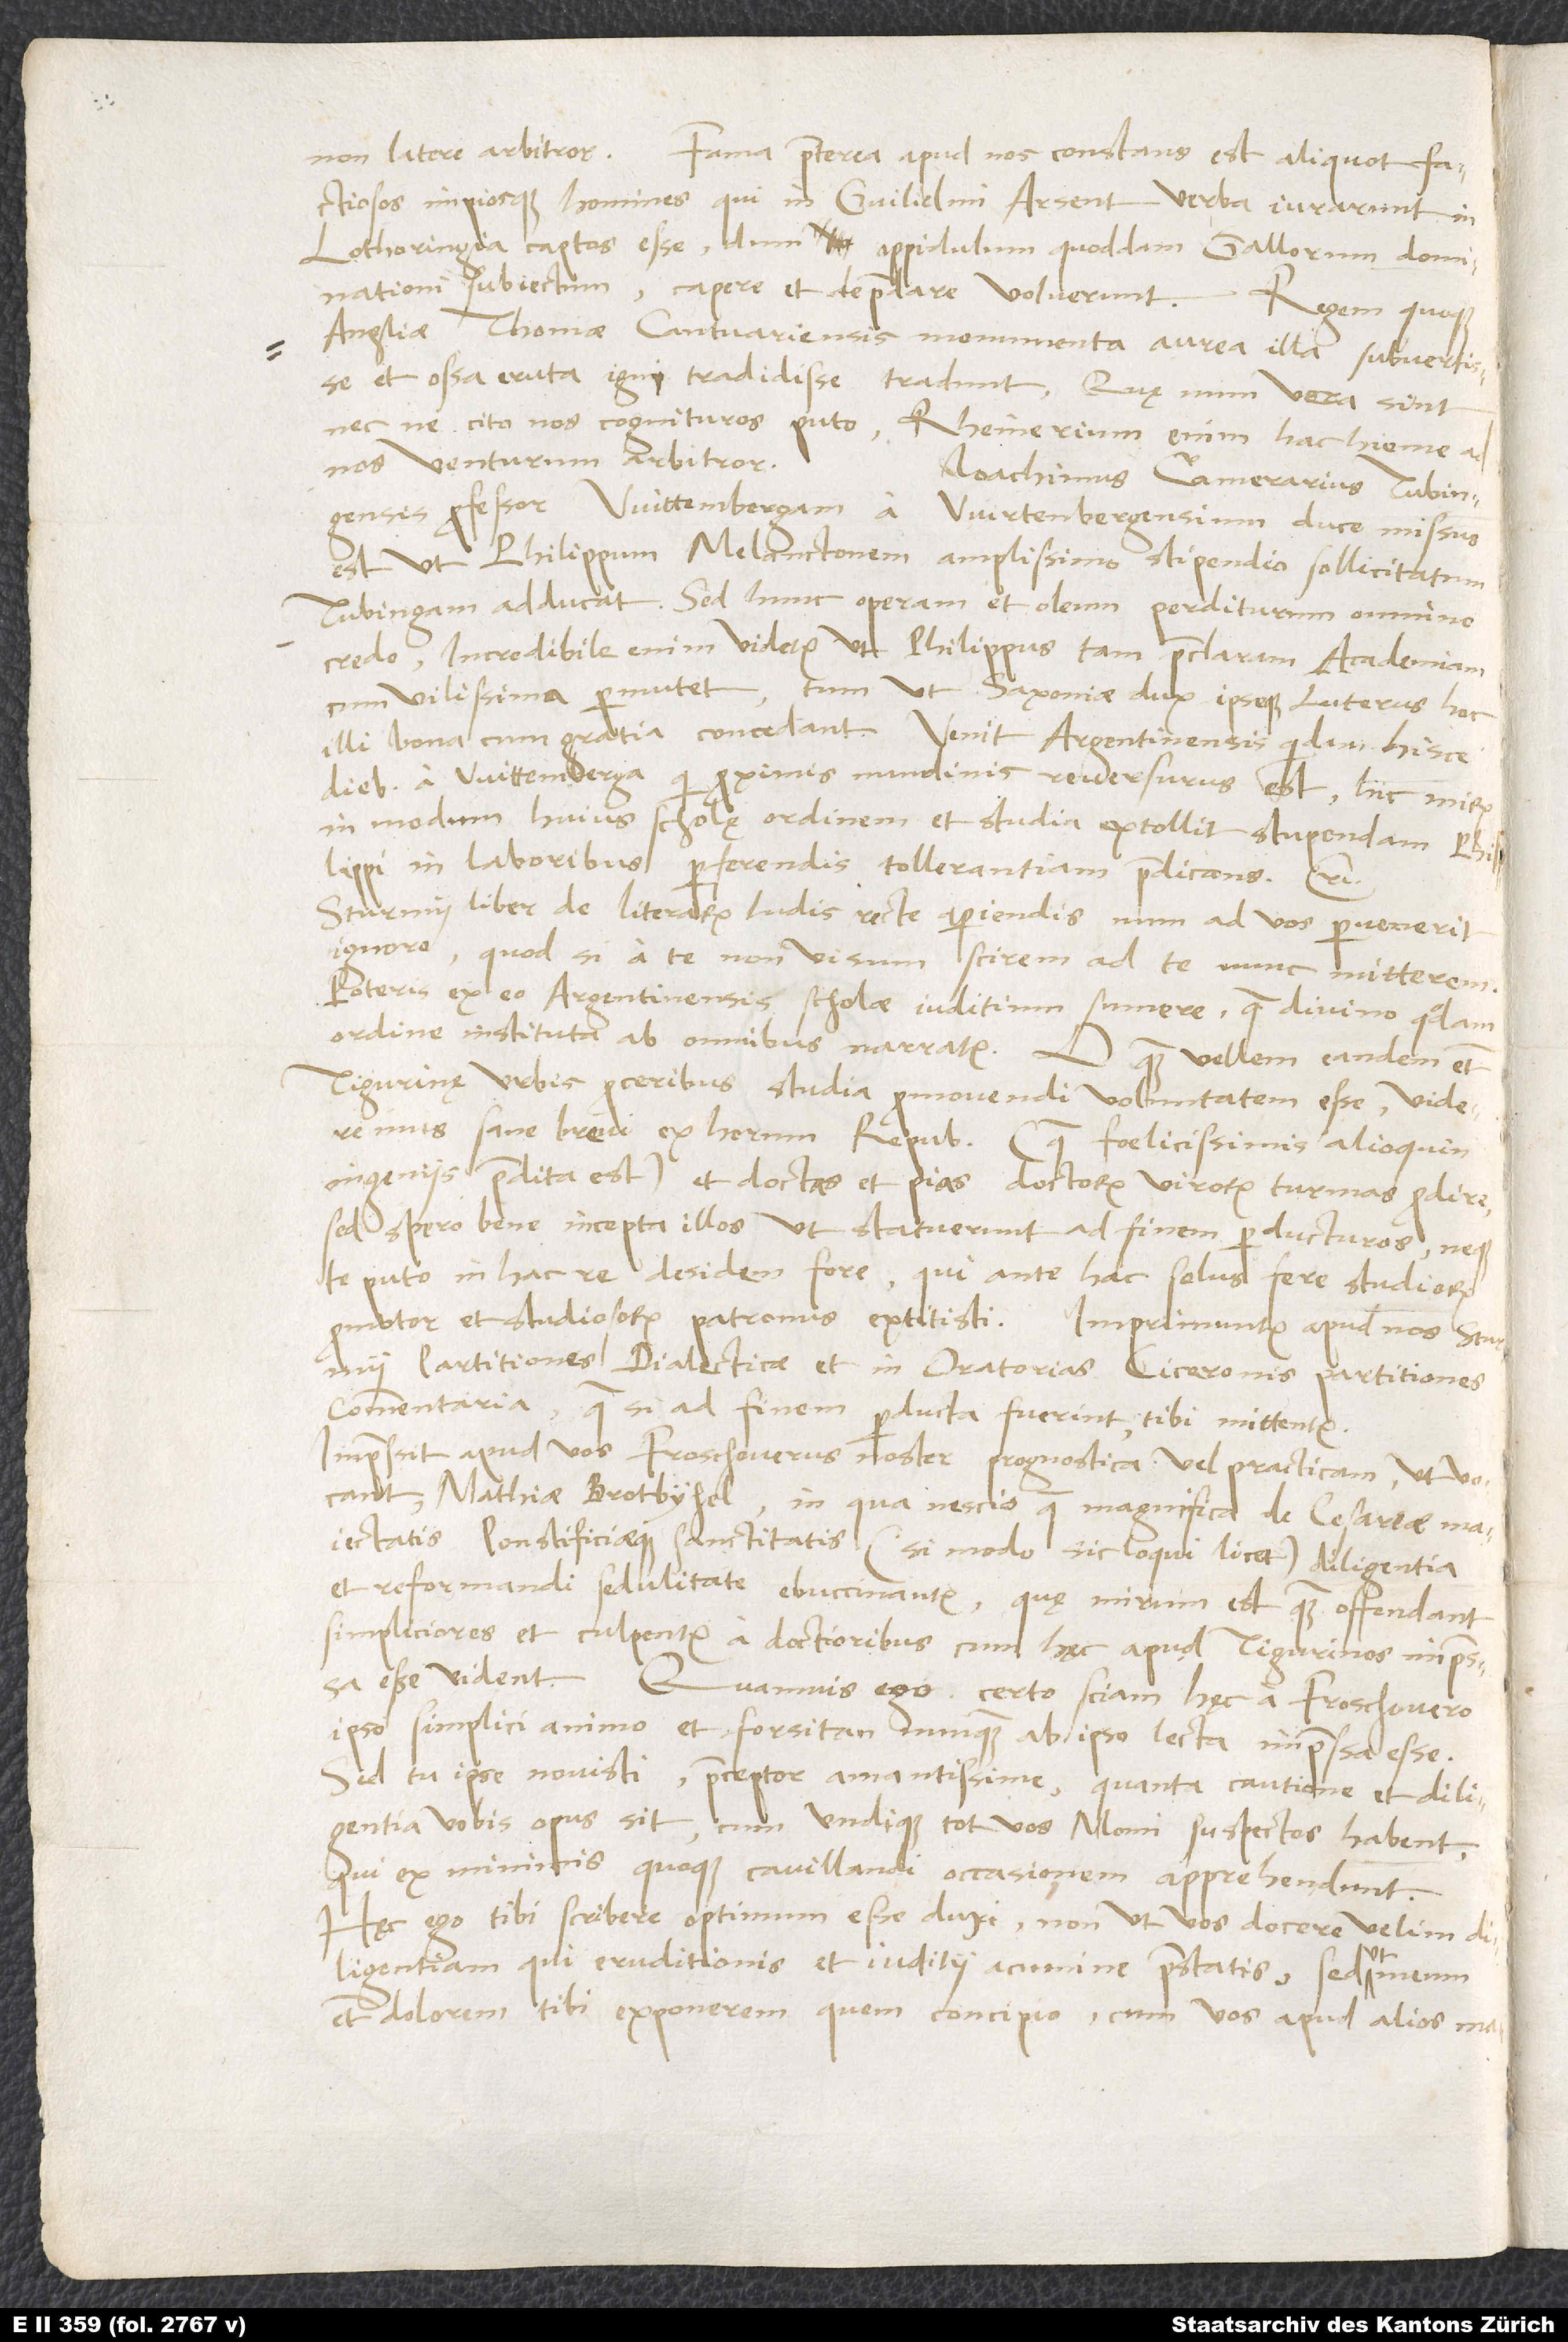
non latere arbitror. Fama praeterea apud nos constans est aliquot factiosos
impiosque homines, qui in Guilielmi Arsent verba iurarunt, in
Lothoringia captos esse, dum oppidulum quoddam Gallorum dominationi
subiectum capere et depraedare voluerunt. Regem quoque
Angliae Thomae Cantuariensis monumenta aurea illa subvertisse
et ossa eruta igni tradidisse tradunt. Quę num vera sint
necne, cito nos cognituros puto; Rheinerium enim hac hieme ad
nos venturum arbitror.
Ioachimus Camerarius, Tubingensis
professor, Wittembergam a Wirtenbergensium duce missus
est, ut Philippum Melanctonem amplissimo stipendio sollicitatum
Tubingam adducat. Sed hunc operam et oleum perditurum omnino
credo; incredibile enim videtur, ut Philippus tam praeclaram academiam
cum vilissima permutet, tum ut Saxoniae dux ipseque Luterus hoc
illi bona cum gratia concedant. Venit Argentinensis quidam hisce
diebus a Wittemberga, qui proximis nundinis reversurus est; hic mirum
in modum huius scholę ordinem et studia extollit stupendam Philippi
in laboribus perferendis tollerantiam praedicans etc.
Sturmii liber De literarum ludis recte aperiendis num ad vos pervenerit,
ignoro; quod si a te non visum scirem, ad te nunc mitterem.
Poteris ex eo Argentinensis scholae iuditium sumere, quae divino quodam
ordine instituta ab omnibus narratur. O quam vellem eandem etiam
Tigurinę urbis proceribus studia promovendi voluntatem esse! Videremus
sane brevi ex horum republica (quae foelicissimis alioquin
ingeniis praedita est) et doctas et pias doctorum virorum turmas prodire.
Sed spero bene incepta illos, ut statuerunt, ad finem perducturos neque
te puto in hac re desidem fore, qui ante hac solus fere studiorum
promotor et studiosorum patronus extitisti. Imprimuntur apud nos Sturmii
Partitiones dialecticae et In oratorias Ciceronis partitiones
commentaria, quae si ad finem perducta fuerint, tibi mittentur.
Impressit apud vos Froschouerus noster Prognostica vel Practicam, ut vocant,
Mathiae Brotbyhel, in qua nescio quae magnifica de caesareae maiestatis
pontificiaeque sanctitatis (si modo sic loqui licet) diligentia
et reformandi sedulitate ebuccinantur, quę mirum est quam offendant
simpliciores et culpentur a doctioribus, cum hęc apud Tigurinos impressa
esse vident, quamvis ego certo sciam hęc a Froschouero
ipso simplici animo et forsitan nunquam ab ipso lecta impressa esse.
Sed tu ipse novisti, praeceptor amantissime, quanta cautione et diligentia
vobis opus sit, cum undique tot vos Momi suspectos habent,
qui ex minimis quoque cavillandi occasionem apprehendunt.
Hęc ego tibi scribere optimum esse duxi, non ut vos docere velim
diligentiam, qui eruditionis et iuditii acumine praestatis, sed ut meum
etiam dolorem tibi exponerem, quem concipio, cum vos apud alios mal e